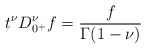
\begin{align*}t^{\nu}D^\nu_{0^+} f= \frac{f}{\Gamma(1-\nu)}\end{align*}